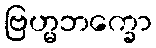
ဗြဟ္မဘက္ခော